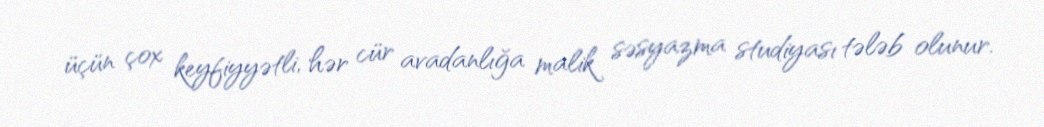
üçün çox keyfiyyətli, hər cür avadanlığa malik səsyazma studiyası tələb olunur.